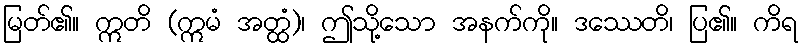
မြတ်၏။ ဣတိ (ဣမံ အတ္ထံ)၊ ဤသို့သော အနက်ကို။ ဒဿေတိ၊ ပြ၏။ ကိရ